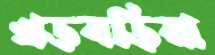
খড়বড়িয়া